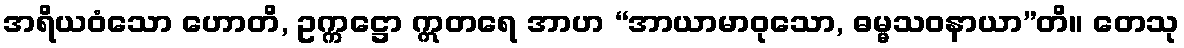
အရိယဝံသော ဟောတိ, ဥက္ကဋ္ဌော ဣတရေ အာဟ “အာယာမာဝုသော, ဓမ္မသဝနာယာ”တိ။ တေသု